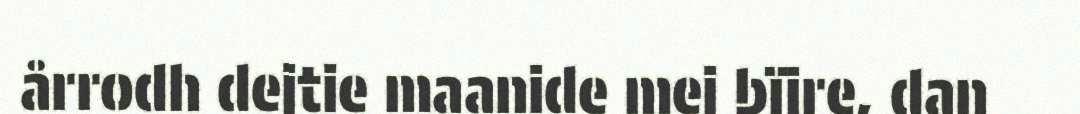
årrodh dejtie maanide mej bïjre, dan